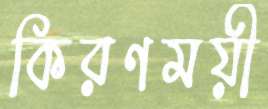
কিরণময়ী